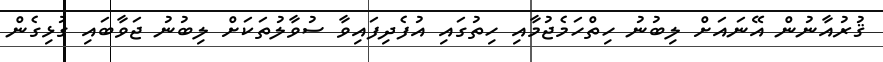
ޤުރުއާނުން އޭނައަށް ލިބުނު ހިތްހަމެޖުމާއި ހިތުގައި އުފެދިފައިވާ ސުވާލުތަކަށް ލިބުނު ޖަވާބައި ގުޅިގެން